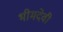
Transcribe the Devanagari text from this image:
भीमदेवी